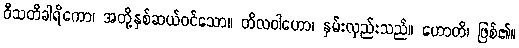
ဝီသတိခါရိကော၊ အတို့နှစ်ဆယ်ဝင်သော။ တိလဝါဟော၊ နှမ်းလှည်းသည်။ ဟောတိ၊ ဖြစ်၏။